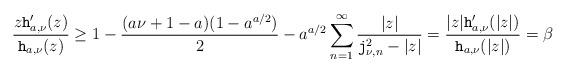
LaTeX: \begin{align*}\real\frac{z \mathtt{h}_{a, \nu}'(z)}{\mathtt{h}_{a, \nu}(z)}\geq 1-\frac{(a\nu+1-a)(1-a^{a/2})}{2}- a^{a/2} \sum_{n=1}^\infty \frac{|z|}{\mathtt{j}_{\nu, n}^2-|z|}=\frac{|z| \mathtt{h}_{a, \nu}'(|z|)}{\mathtt{h}_{a, \nu}(|z|)}=\beta\end{align*}